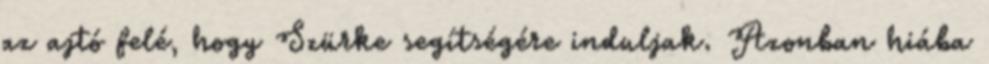
az ajtó felé, hogy Szürke segítségére induljak. Azonban hiába